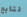
نتابع